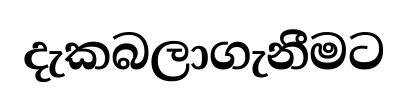
දැකබලාගැනීමට